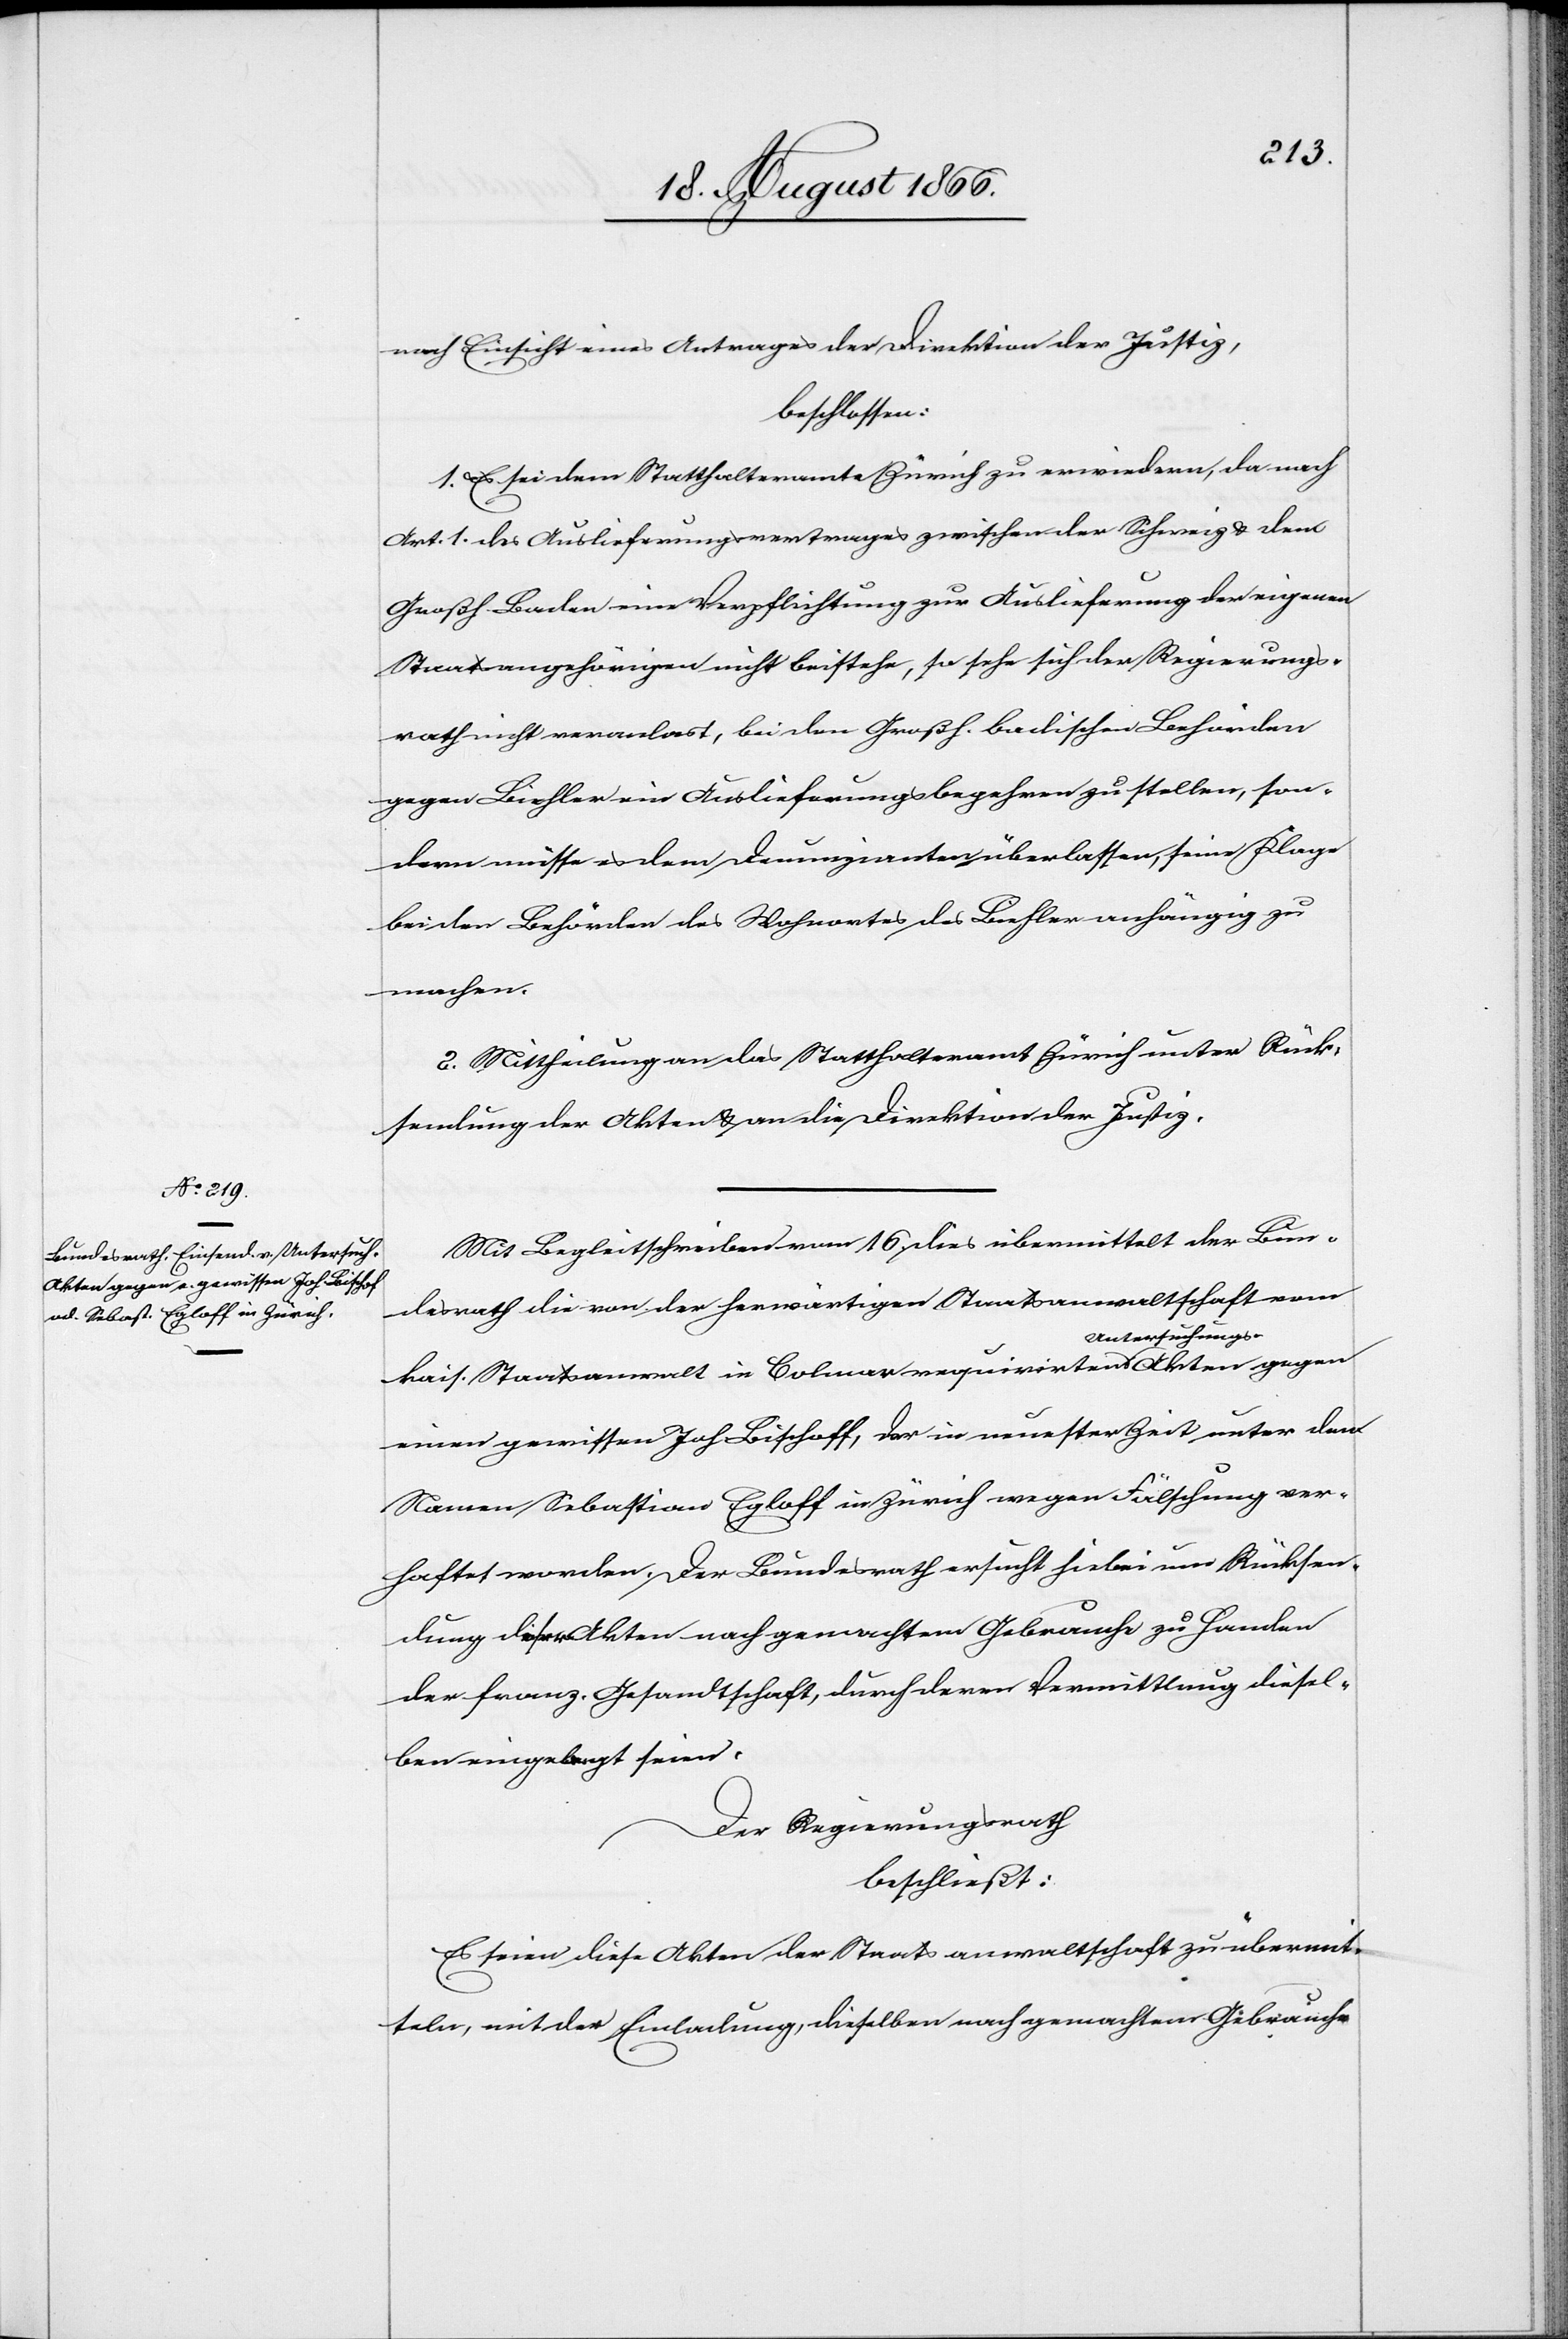
nach Einsicht eines Antrages der Direktion der Justiz,
beschlossen:
1. Es sei dem Statthalteramt Zürich zu erwiedern, da nach
Art. 1. des Auslieferungsvertrages zwischen der Schweiz u. dem
Großh. Baden eine Verpflichtung zur Auslieferung der eigenen
Staatsangehörigen nicht bestehe, so sehe sich der Regierungs¬
rath nicht veranlast, bei den Großh. badischen Behörden
gegen Biehler ein Auslieferungsbegehren zu stellen, son¬
dern müsse es dem Denunzianten überlassen, seine Klage
bei den Behörden des Wohnortes des Biehler anhängig zu
machen.
2. Mittheilung an das Statthalteramt Zürich unter Rück¬
sendung der Akten u. an die Direktion der Justiz.
Mit Begleitschreiben vom 16. dies übermittelt der Bun¬
desrath die von der herwärtigen Staatsanwaltschaft vom
kais. Staatsanwalt in Colmar requirirten Untersuchungs-Akten gegen
einen gewissen Joh. Bischoff [sic!], der in neuester Zeit unter dem
Namen Sebastian Egloff in Zürich wegen Fälschung ver¬
haftet worden. Der Bundesrath ersucht hiebei um Rücksen¬
dung dieser Akten nach gemachtem Gebrauche zu Handen
der franz. Gesandtschaft, durch deren Vermittlung diesel¬
ben eingelangt seien.
Der Regierungsrath
beschließt:
Es seien diese Akten der Staatsanwaltschaft zu übermit¬
teln, mit der Einladung, dieselben nach gemachtem Gebrauche